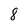
Character: 8